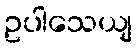
ဥပါသေယျ